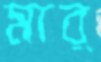
মার্